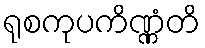
ရုစကုပကိဏ္ဏံတိ